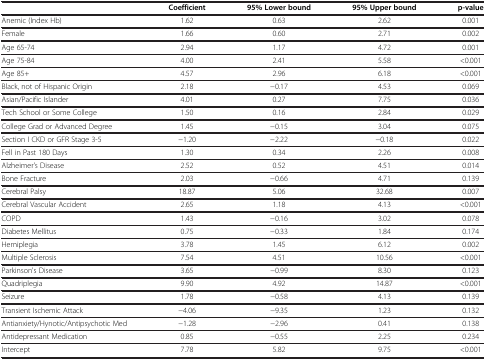
|  | Coefficient | 95% Lower bound | 95% Upper bound | p-value |
 | --- | --- | --- | --- | --- |
 | Anemic (Index Hb) | 1.62 | 0.63 | 2.62 | 0.001 |
 | Female | 1.66 | 0.60 | 2.71 | 0.002 |
 | Age 65-74 | 2.94 | 1.17 | 4.72 | 0.001 |
 | Age 75-84 | 4.00 | 2.41 | 5.58 | <0.001 |
 | Age 85+ | 4.57 | 2.96 | 6.18 | <0.001 |
 | Black, not of Hispanic Origin | 2.18 | −0.17 | 4.53 | 0.069 |
 | Asian/Pacific Islander | 4.01 | 0.27 | 7.75 | 0.036 |
 | Tech School or Some College | 1.50 | 0.16 | 2.84 | 0.029 |
 | College Grad or Advanced Degree | 1.45 | −0.15 | 3.04 | 0.075 |
 | Section I CKD or GFR Stage 3-5 | −1.20 | −2.22 | −0.18 | 0.022 |
 | Fell in Past 180 Days | 1.30 | 0.34 | 2.26 | 0.008 |
 | Alzheimer's Disease | 2.52 | 0.52 | 4.51 | 0.014 |
 | Bone Fracture | 2.03 | −0.66 | 4.71 | 0.139 |
 | Cerebral Palsy | 18.87 | 5.06 | 32.68 | 0.007 |
 | Cerebral Vascular Accident | 2.65 | 1.18 | 4.13 | <0.001 |
 | COPD | 1.43 | −0.16 | 3.02 | 0.078 |
 | Diabetes Mellitus | 0.75 | −0.33 | 1.84 | 0.174 |
 | Hemiplegia | 3.78 | 1.45 | 6.12 | 0.002 |
 | Multiple Sclerosis | 7.54 | 4.51 | 10.56 | <0.001 |
 | Parkinson's Disease | 3.65 | −0.99 | 8.30 | 0.123 |
 | Quadriplegia | 9.90 | 4.92 | 14.87 | <0.001 |
 | Seizure | 1.78 | −0.58 | 4.13 | 0.139 |
 | Transient Ischemic Attack | −4.06 | −9.35 | 1.23 | 0.132 |
 | Antianxiety/Hynotic/Antipsychotic Med | −1.28 | −2.96 | 0.41 | 0.138 |
 | Antidepressant Medication | 0.85 | −0.55 | 2.25 | 0.234 |
 | Intercept | 7.78 | 5.82 | 9.75 | <0.001 |